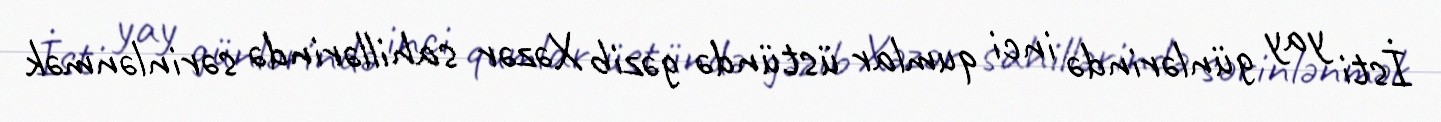
İsti yay günlərində inci qumlar üstündə gəzib Xəzər sahillərində sərinlənmək